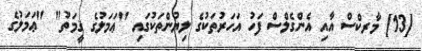
[13] މާރކްސް އާއި އެންގެލްސް ފަހު އަހަރުތަކުގެ ލިޔުންތަކުގައި "ޢަމަލުގެ ޤީމަތު" "ޢަމަލުގެ